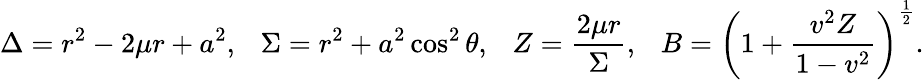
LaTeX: \Delta=r^{2}-2\mu r+a^{2},~~~\Sigma=r^{2}+a^{2}\cos^{2}\theta,~~~Z=\frac{2\mu r}{\Sigma},~~~B=\left(1+\frac{v^{2}Z}{1-v^{2}}\right)^{\frac{1}{2}}.